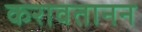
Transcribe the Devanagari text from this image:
करावतानन